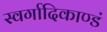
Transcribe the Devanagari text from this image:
स्वर्गादिकाण्डं